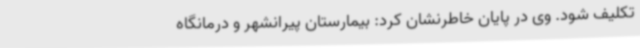
تکلیف شود. وی در پایان خاطرنشان کرد: بیمارستان پیرانشهر و درمانگاه